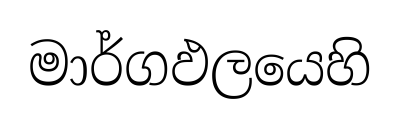
මාර්ගඵලයෙහි